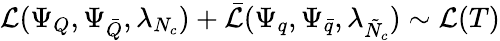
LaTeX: {\cal L}(\Psi_{Q},\Psi_{\bar{Q}},\lambda_{N_{c}})+\bar{{\cal L}}(\Psi_{q},\Psi_{\bar{q}},\lambda_{\tilde{N}_{c}})\sim{\cal L}(T)